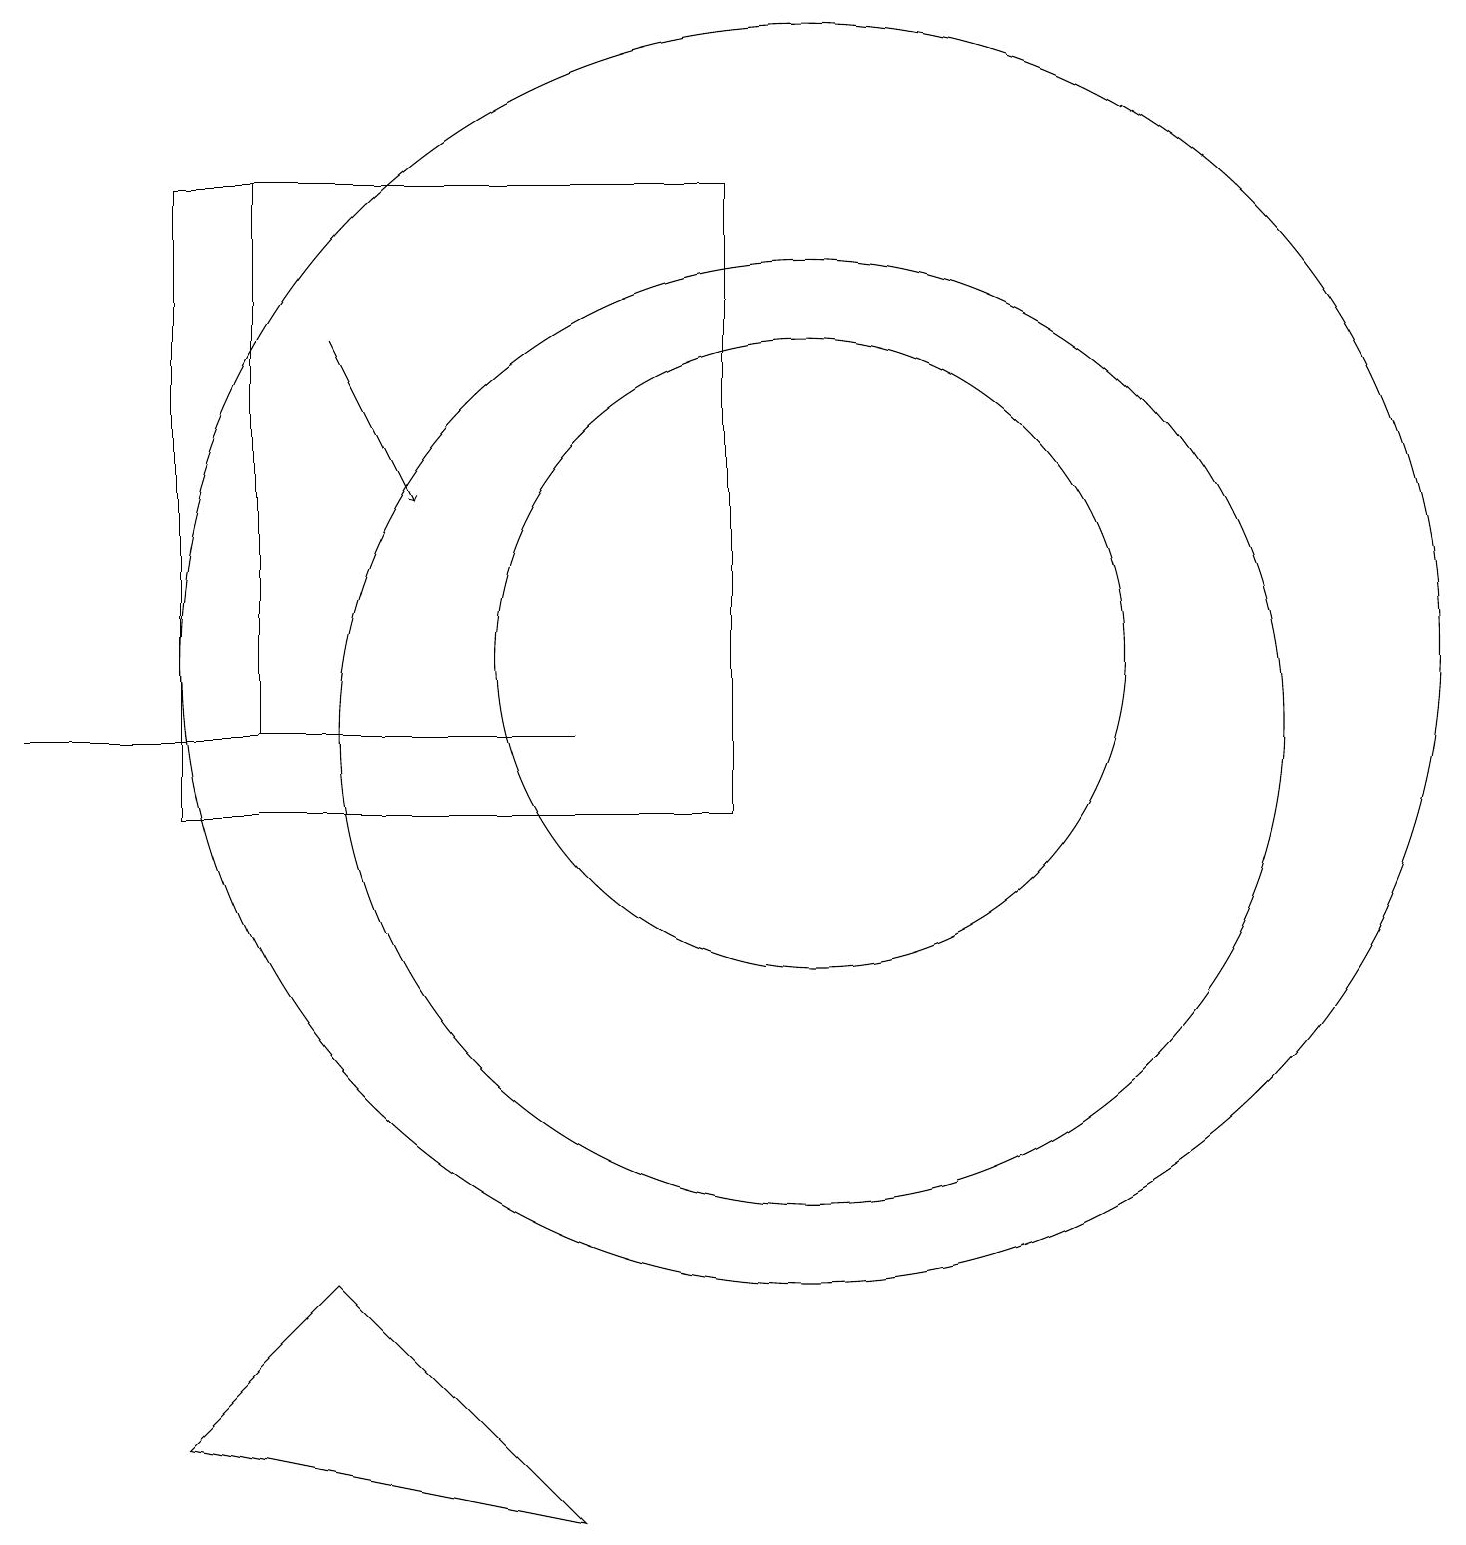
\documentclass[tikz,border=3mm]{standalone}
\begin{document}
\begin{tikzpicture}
\draw (10,12) circle (8);
\draw (9,10) rectangle (2,18);
\draw (10,11) circle (6);
\draw (7,1) -- (2,2) -- (4,4) -- cycle;
\draw (2,18) rectangle (3,11);
\draw (0,11) rectangle (7,11);
\draw[->] (4,16) -- (5,14);
\draw (10,12) circle (4);
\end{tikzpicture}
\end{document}